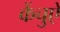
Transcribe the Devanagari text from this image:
केंचुऐ